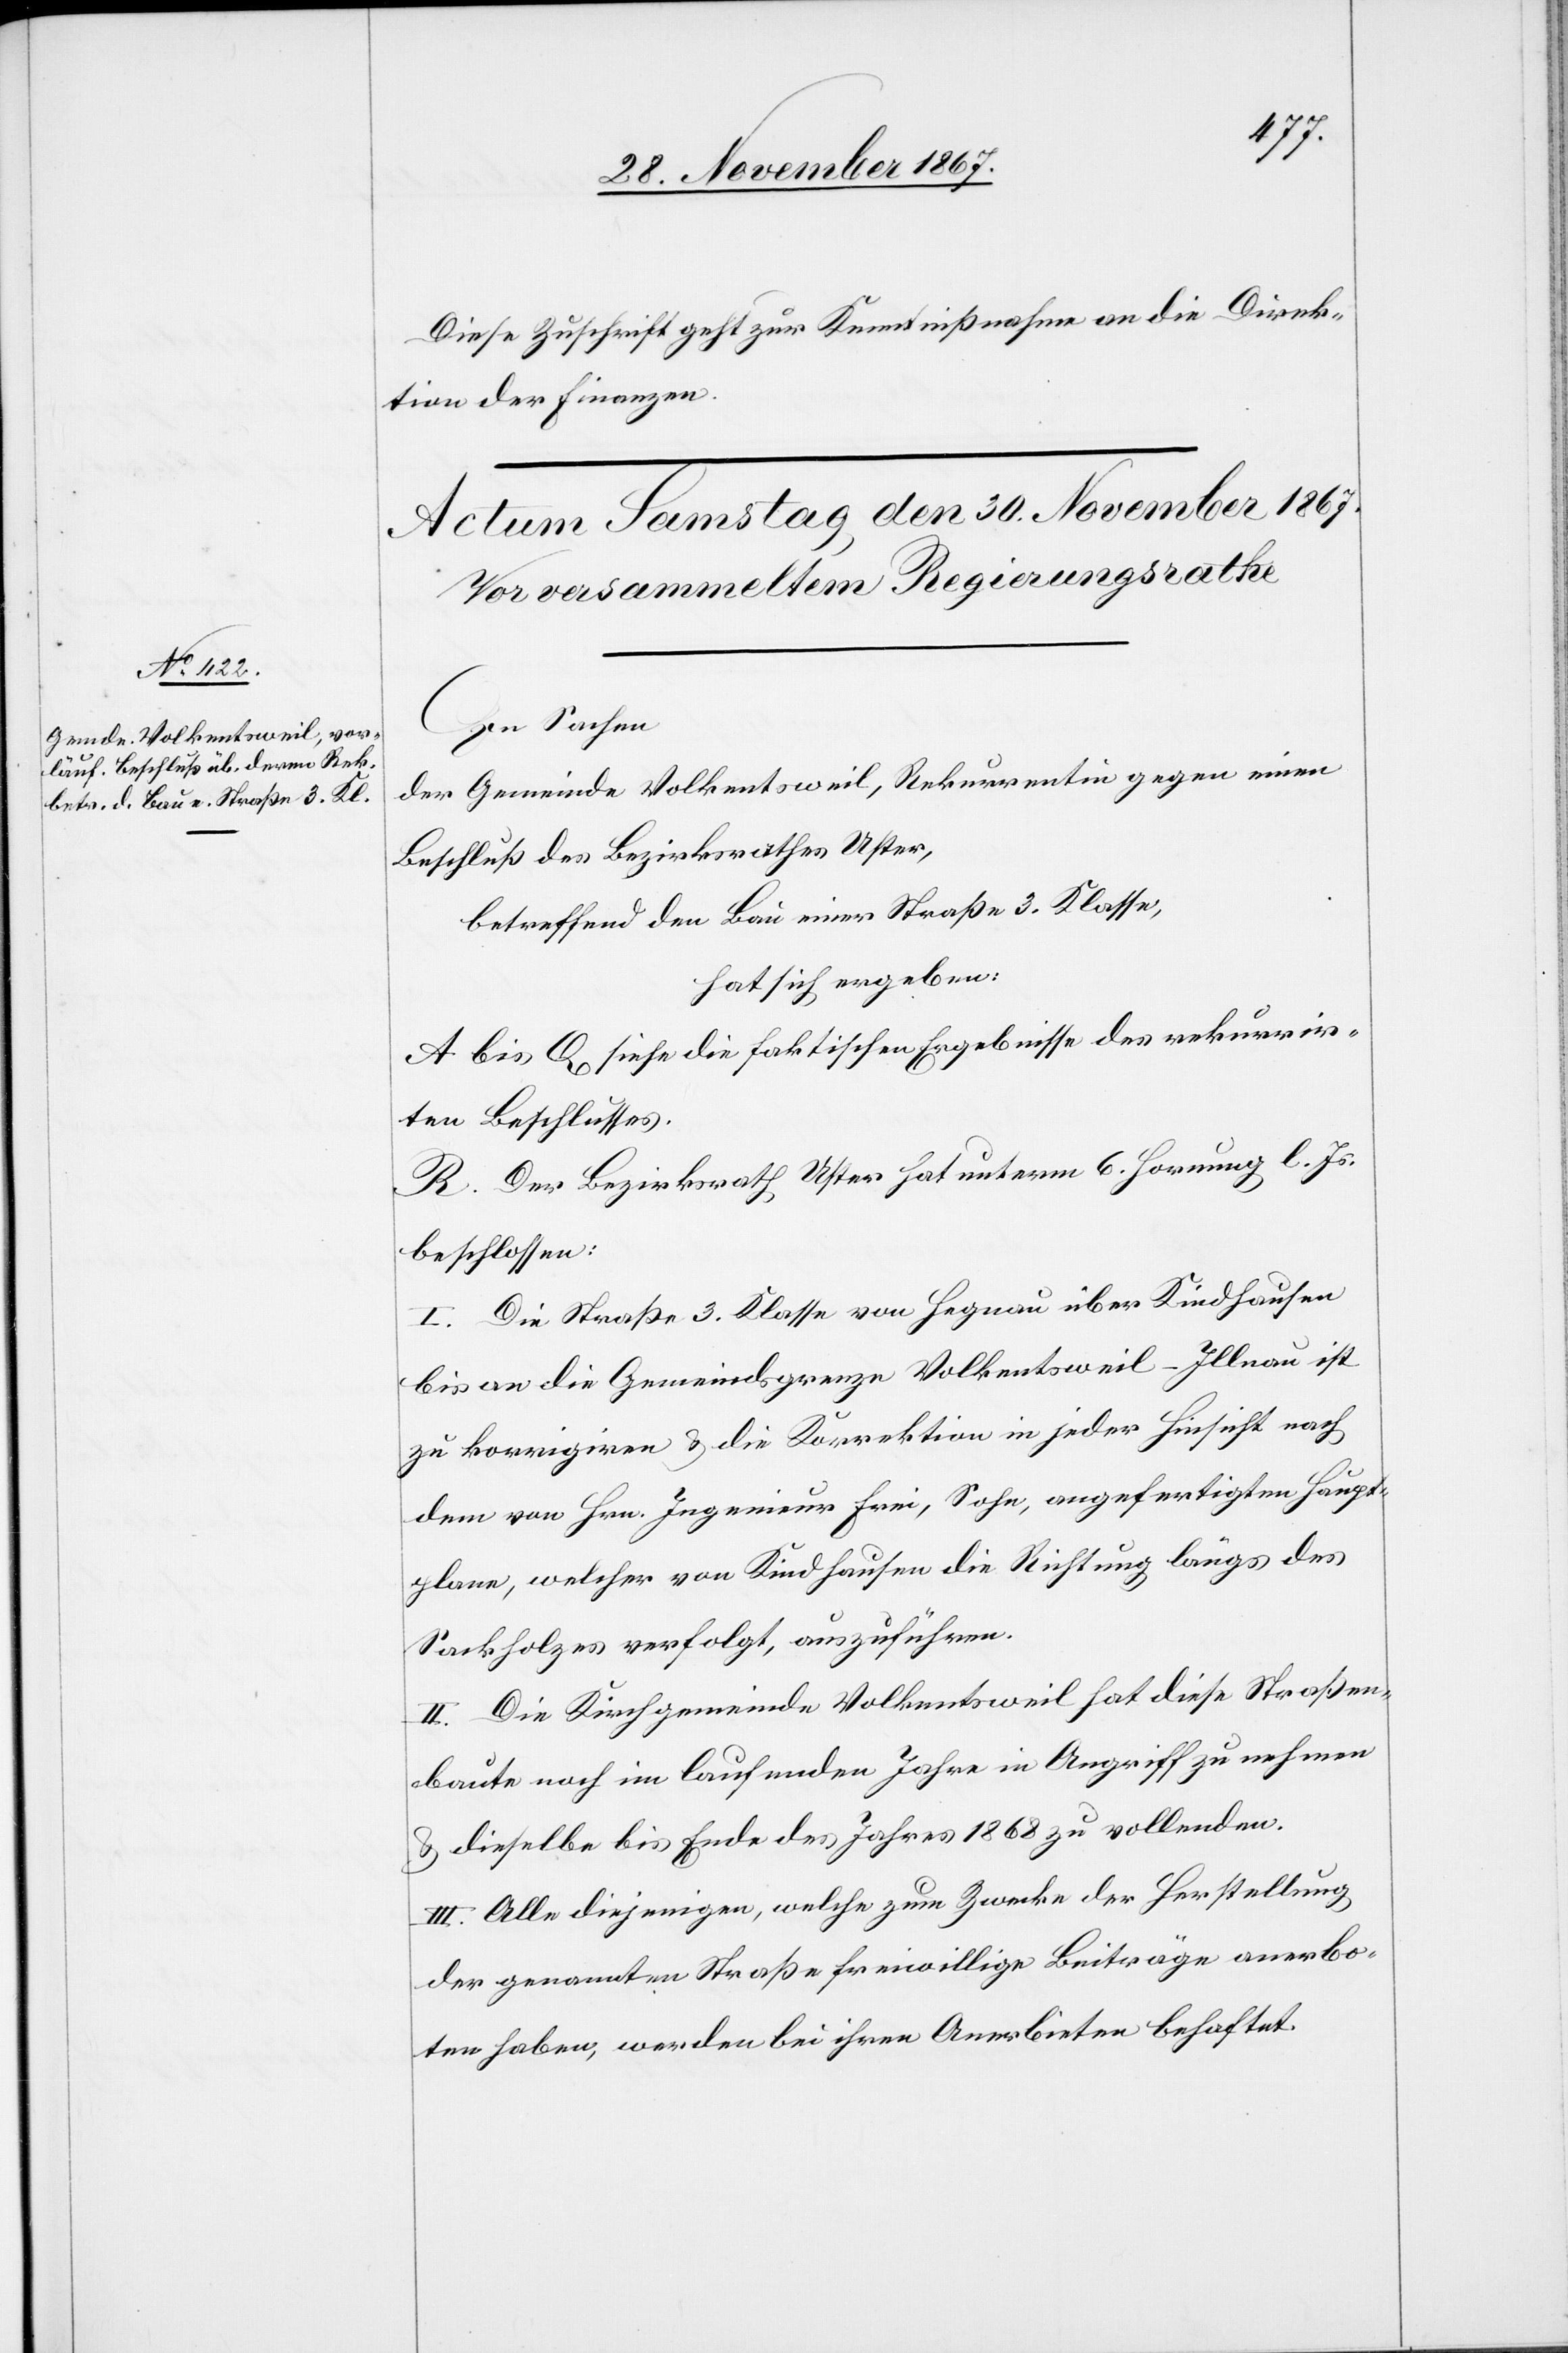
Diese Zuschrift geht zur Kenntnißnahme an die Direk¬
tion der Finanzen.
In Sachen
der Gemeinde Volkentsweil, Rekurrentin gegen einen
Beschluß des Bezirksrathes Uster,
betreffend den Bau einer Straße 3. Klasse,
hat sich ergeben:
A bis Q siehe die faktischen Ergebnisse des rekurrir¬
ten Beschlusses.
R. Der Bezirksrath Uster hat unterm 6. Hornung l. Js.
beschlossen:
I. Die Straße 3. Klasse von Hegnau über Kindhausen
bis an die Gemeindsgrenze Volkentsweil–Illnau ist
zu korrigiren u. die Korrektion in jeder Hinsicht nach
dem von Hrn. Ingenieur Frei, Sohn, angefertigten Haupt¬
plane, welcher von Kindhausen die Richtung längs des
Sackholzes verfolgt, auszuführen.
II. Die Kirchgemeinde Volkentsweil hat diese Straßen¬
baute noch im laufenden Jahre in Angriff zu nehmen
u. dieselbe bis Ende des Jahres 1868 zu vollenden.
III. Alle diejenigen, welche zum Zwecke der Herstellung
der genannten Straße freiwillige Beiträge anerbo¬
ten haben, werden bei ihren Anerbieten behaftet.